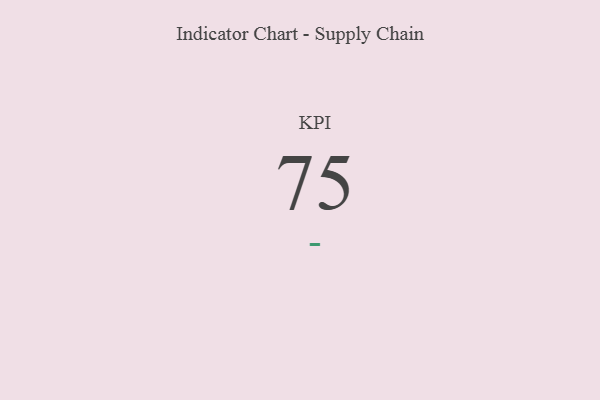
{"axis": {"x": "KPI", "y": "Value"}, "legend": [""], "data": [{"x": "KPI", "y": 75, "type": ""}]}